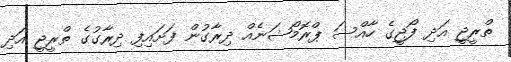
ތްރީޖީ އަދި ފޯޖީގެ ހާއްސަ ޕްރޮމޯޝަނެއް ދިރާގުން ފަށައިފި ދިރާގުގެ ތްރީޖީ އަދި